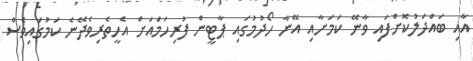
އާއި ބައްދަލުކޮށްފައި ވާނޭ ކަމަށާއި އޭނާ ހޯދުމުގައި ޕާޓީން ފުރިހަމައަށް އެހީތެރިވެދޭނެ ކަމުގައިވެސް